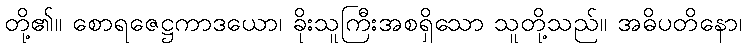
တို့၏။ စောရဇေဋ္ဌကာဒယော၊ ခိုးသူကြီးအစရှိသော သူတို့သည်။ အဓိပတိနော၊